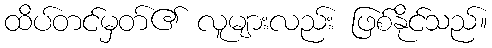
ထိပ်တင်မှတ်၏ လူများလည်း ဖြစ်နိုင်သည်။